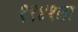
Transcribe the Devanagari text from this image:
१९४१ला